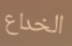
الخداع